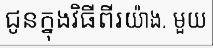
ជូនក្នុងវិធីពីរយ៉ាង. មួយ